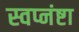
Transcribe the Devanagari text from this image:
स्वप्नंष्टा